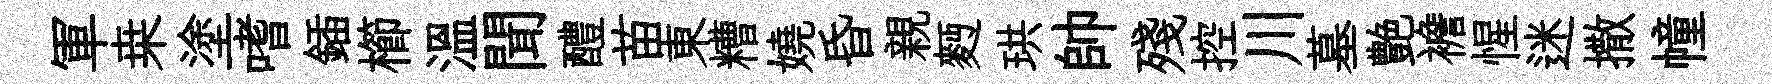
軍桒塗嗜鍤櫛温聞醴苗東糟嬈昏親麪珙帥殘控川墓艶襜惺迷撒幢